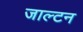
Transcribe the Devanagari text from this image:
जाल्‍टन